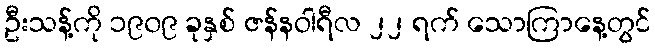
ဦးသန့်ကို ၁၉၀၉ ခုနှစ် ဇန်နဝါရီလ ၂၂ ရက် သောကြာနေ့တွင်